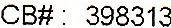
CB#: 398313